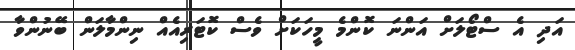
އަދި އެ ސްޓޯލަށް އަންނަ ކޮންމެ މީހަކަށް ވެސް ކޮޓަރިއެއް ނިންމާލަން ބޭނުންވާ